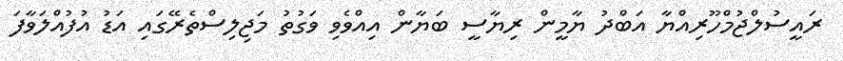
ރައީސުލްޖުމްހޫރިއްޔާ އަބްދު ޔާމީން ރިޔާސީ ބަޔާން އިއްވެވި ވަގުތު މަޖިލިސްތެރޭގައި އަޑު އުފުއްލަވާފަ